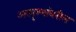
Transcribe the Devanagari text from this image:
अस्पृश्यांवरील